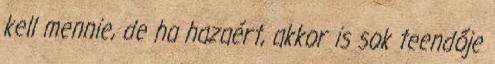
kell mennie, de ha hazaért, akkor is sok teendője